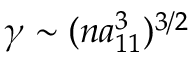
\gamma \sim ( n a _ { 1 1 } ^ { 3 } ) ^ { 3 / 2 }